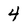
Character: 4